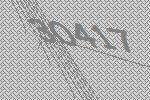
30417